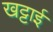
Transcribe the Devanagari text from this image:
खट्टाई